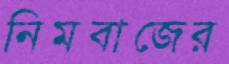
নিমবাজের